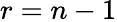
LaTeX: r=n-1